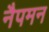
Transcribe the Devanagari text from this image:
नैपमन